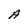
Character: A